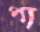
পা